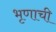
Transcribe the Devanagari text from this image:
भृणाची